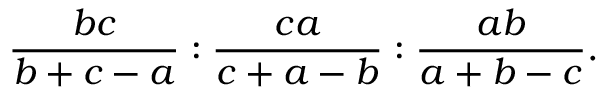
{ \frac { b c } { b + c - a } } : { \frac { c a } { c + a - b } } : { \frac { a b } { a + b - c } } .